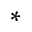
^ { * }